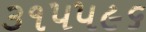
૩૧૫૫૯૬